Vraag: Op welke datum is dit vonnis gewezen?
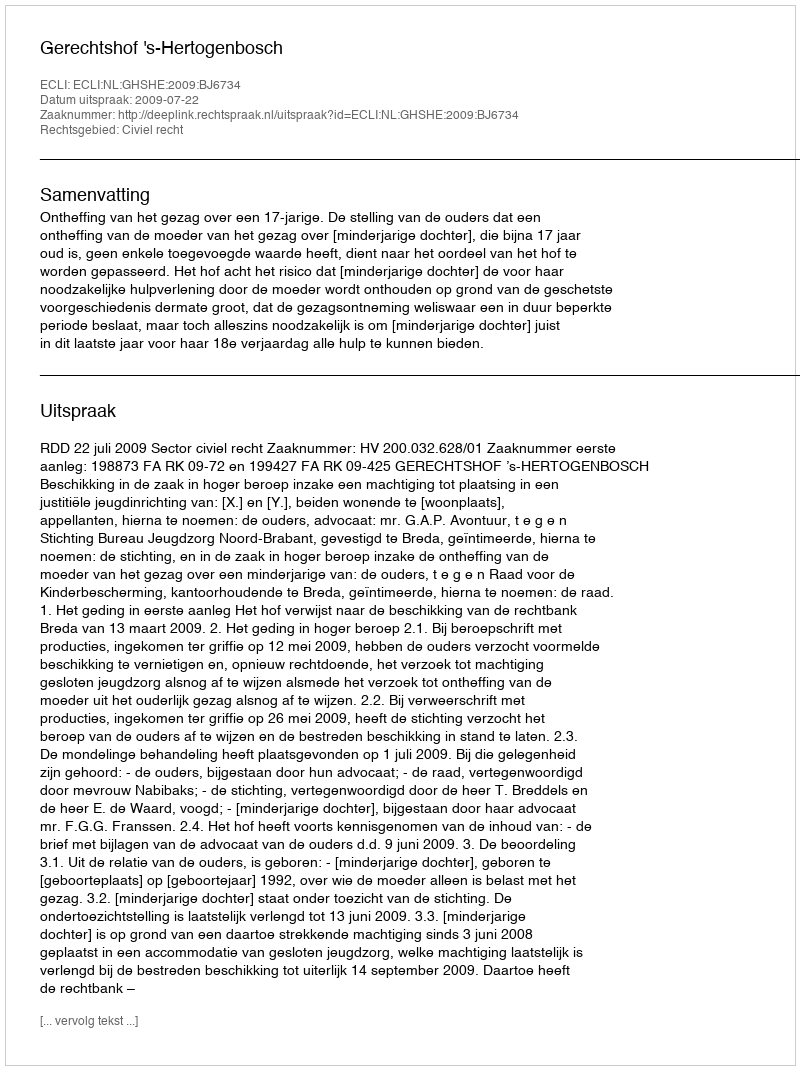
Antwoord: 2009-07-22